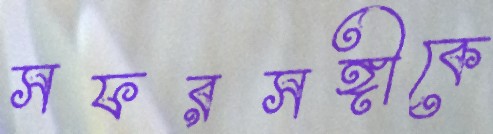
সফরসঙ্গীকে